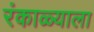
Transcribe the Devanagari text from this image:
रंकाळ्याला